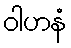
ဝါဟနံ